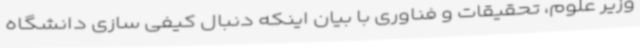
وزیر علوم، تحقیقات و فناوری با بیان اینکه دنبال کیفی سازی دانشگاه